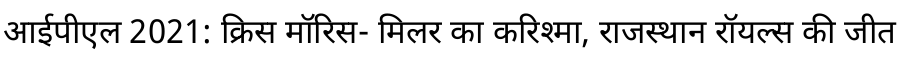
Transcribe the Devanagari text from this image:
आईपीएल 2021: क्रिस मॉरिस- मिलर का करिश्मा, राजस्थान रॉयल्स की जीत